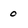
Character: 0